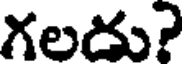
గలదు?